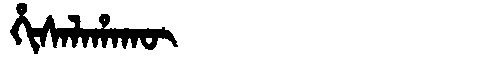
Manchu: ᡥᡳᠰᠠᠯᠠᡥᠠᡴᡡ
Romanization: HISALAHAKŪ